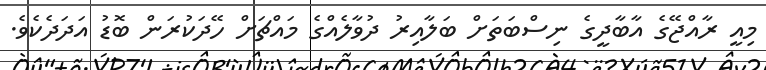
މިއީ ރާއްޖޭގެ އާބާދީގެ ނިސްބަތަށް ބަލާއިރު ދުވާލެއްގެ މައްޗަށް ހޭދަކުރަން ބޮޑު އަދަދެކެވެ.